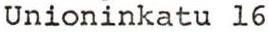
Unioninkatu 16